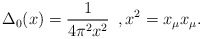
\begin{align*}\Delta_0(x) = \frac{1}{4 \pi^2 x^2} \,\,\, , x^2 = x_\mu x_\mu . \end{align*}